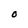
Character: O